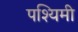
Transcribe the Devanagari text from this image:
पश्यिमी